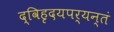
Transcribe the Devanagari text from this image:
द्विहृदयपर्यन्तं